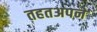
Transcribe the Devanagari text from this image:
तहतअपने